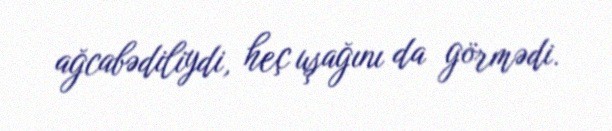
ağcabədiliydi, heç uşağını da görmədi.